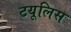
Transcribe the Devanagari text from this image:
टयूलिस